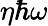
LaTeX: \eta\hbar\omega